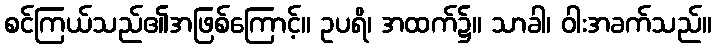
စင်ကြယ်သည်၏အဖြစ်ကြောင့်။ ဥပရိ၊ အထက်၌။ သာခါ၊ ဝါးအခက်သည်။